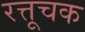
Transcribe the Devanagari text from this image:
रत्तूचक